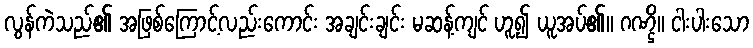
လွန်ကဲသည်၏ အဖြစ်ကြောင့်လည်းကောင်း အချင်းချင်း မဆန့်ကျင် ဟူ၍ ယူအပ်၏။ ဂဏ္ဌိ။ ငါးပါးသော